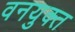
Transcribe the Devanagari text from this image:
वनयुक्त